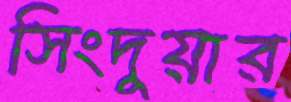
সিংদুয়ার